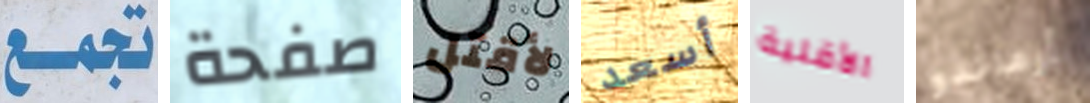
تجمع صفحة لأقتل أسعد الأقلية أرماندو